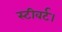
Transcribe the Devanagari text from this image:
स्टीवर्ट।